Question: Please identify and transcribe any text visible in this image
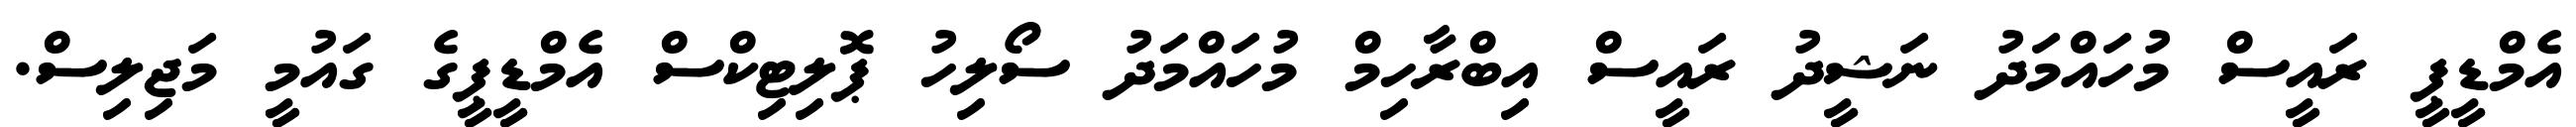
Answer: އެމްޑީޕީ ރައީސް މުހައްމަދު ނަޝީދު ރައީސް އިބްރާހިމް މުހައްމަދު ސޯލިހު ޕޮލިޓިކްސް އެމްޑީޕީގެ ގައުމީ މަޖިލިސް.